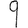
Digit: 9